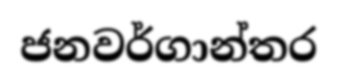
ජනවර්ගාන්තර